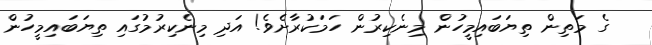
ގެ މަތިން ތިޔަބައިމީހުން މިނެކިރުން ހަމަކުރާށެވެ! އަދި މިނެކިރުމުގައި ތިޔަބައިމީހުން